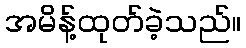
အမိန့်ထုတ်ခဲ့သည်။